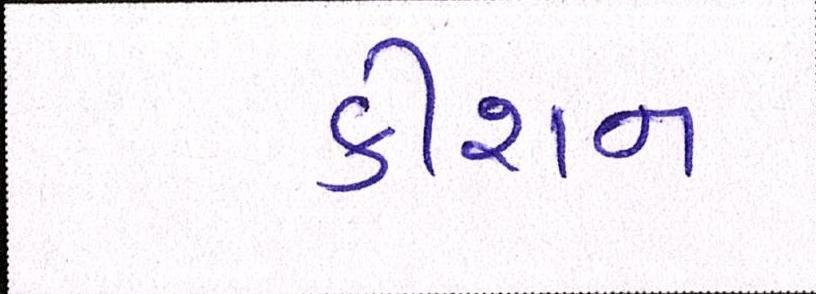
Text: કીશન